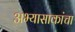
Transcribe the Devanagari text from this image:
अभ्यासाकांचा